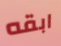
ابقه